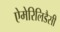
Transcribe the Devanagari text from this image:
ऐमेरिलिडैसी